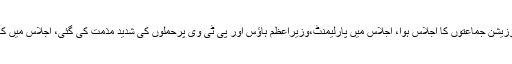
وزیراعظم نوازشریف کی زیرصدارت اتحادیوں اور اپوزیشن جماعتوں کا اجلاس ہوا، اجلاس میں پارلیمنٹ،وزیراعظم ہاؤس اور پی ٹی وی پرحملوں کی شدید مذمت کی گئی، اجلاس میں کہا گیا کہ یہ حملے جمہوریت اور ریاست پرحملے ہیں۔